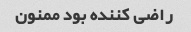
راضی کننده بود ممنون